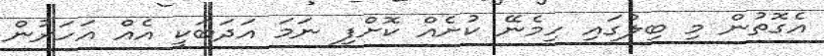
އެގޮތުން މި ބިލުގައި ހިމެނޭ ކުށެއް ކޮށްފި ނަމަ އަދަބަކީ އެއް އަހަރުން